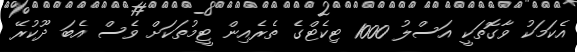
އެކަމަކު ވާގޮތަކީ އަސްލު 1000 ޓިކެޓްގެ ތެރެއިން ޓީމުތަކަށް ވެސް އެބަ ދޫކުރޭ